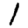
Digit: 1